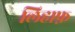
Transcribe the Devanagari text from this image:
लिहाफ़